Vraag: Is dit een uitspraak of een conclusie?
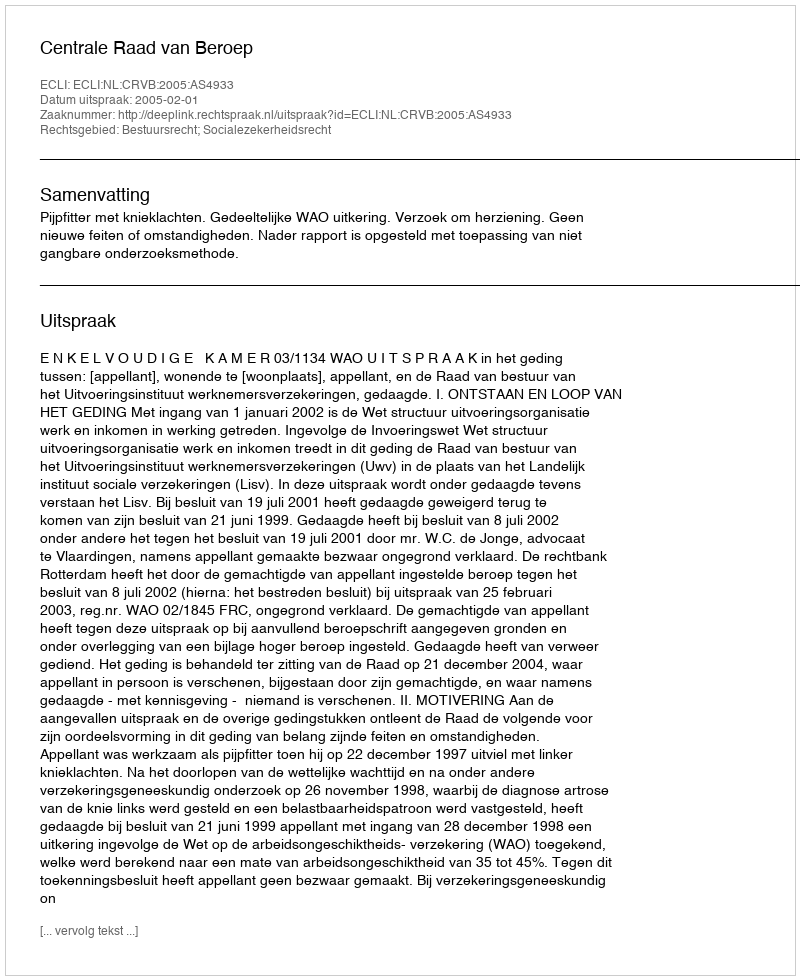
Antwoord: Uitspraak